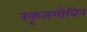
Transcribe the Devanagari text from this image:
रकृतगोविन